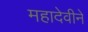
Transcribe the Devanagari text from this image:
महादेवीने